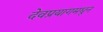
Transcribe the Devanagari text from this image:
देवप्रयागमधून